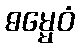
ဓမ္မေဝံ